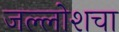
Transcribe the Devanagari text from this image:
जल्लोशचा